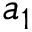
a _ { 1 }